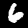
Digit: 6